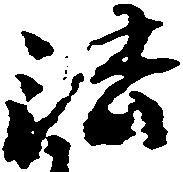
法